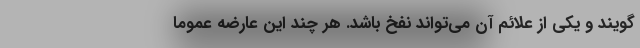
‌گویند و یکی از علائم آن می‌تواند نفخ باشد. هر چند این عارضه عموماً